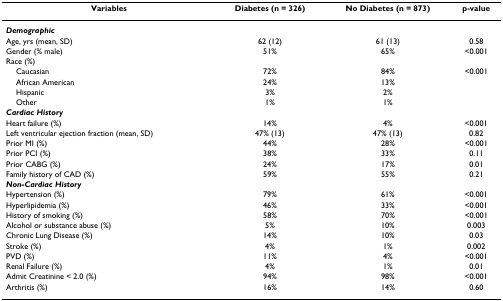
| Variables | Diabetes (n = 326) | No Diabetes (n = 873) | p-value |
 | --- | --- | --- | --- |
 | <COLSPAN=4> Demographic |
 | Age, yrs (mean, SD) | 62 (12) | 61 (13) | 0.58 |
 | Gender (% male) | 51% | 65% | <0.001 |
 | Race (%) |  |  |  |
 | Caucasian | 72% | 84% | <0.001 |
 | African American | 24% | 13% |  |
 | Hispanic | 3% | 2% |  |
 | Other | 1% | 1% |  |
 | <COLSPAN=4> Cardiac History |
 | Heart failure (%) | 14% | 4% | <0.001 |
 | Left ventricular ejection fraction (mean, SD) | 47% (13) | 47% (13) | 0.82 |
 | Prior MI (%) | 44% | 28% | <0.001 |
 | Prior PCI (%) | 38% | 33% | 0.11 |
 | Prior CABG (%) | 24% | 17% | 0.01 |
 | Family history of CAD (%) | 59% | 55% | 0.21 |
 | <COLSPAN=4> Non-Cardiac History |
 | Hypertension (%) | 79% | 61% | <0.001 |
 | Hyperlipidemia (%) | 46% | 33% | <0.001 |
 | History of smoking (%) | 58% | 70% | <0.001 |
 | Alcohol or substance abuse (%) | 5% | 10% | 0.003 |
 | Chronic Lung Disease (%) | 14% | 10% | 0.03 |
 | Stroke (%) | 4% | 1% | 0.002 |
 | PVD (%) | 11% | 4% | <0.001 |
 | Renal Failure (%) | 4% | 1% | 0.01 |
 | Admit Creatinine < 2.0 (%) | 94% | 98% | <0.001 |
 | Arthritis (%) | 16% | 14% | 0.60 |